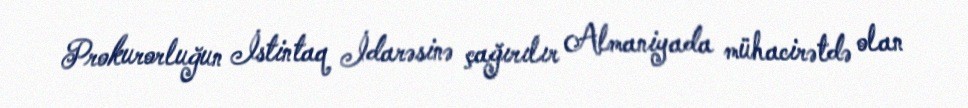
Prokurorluğun İstintaq İdarəsinə çağırılır Almaniyada mühacirətdə olan